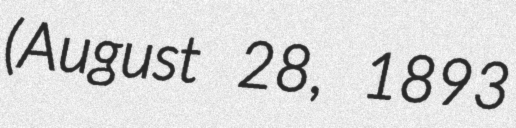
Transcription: (August 28, 1893